EELK_Kaarma_kogudus, lk 92
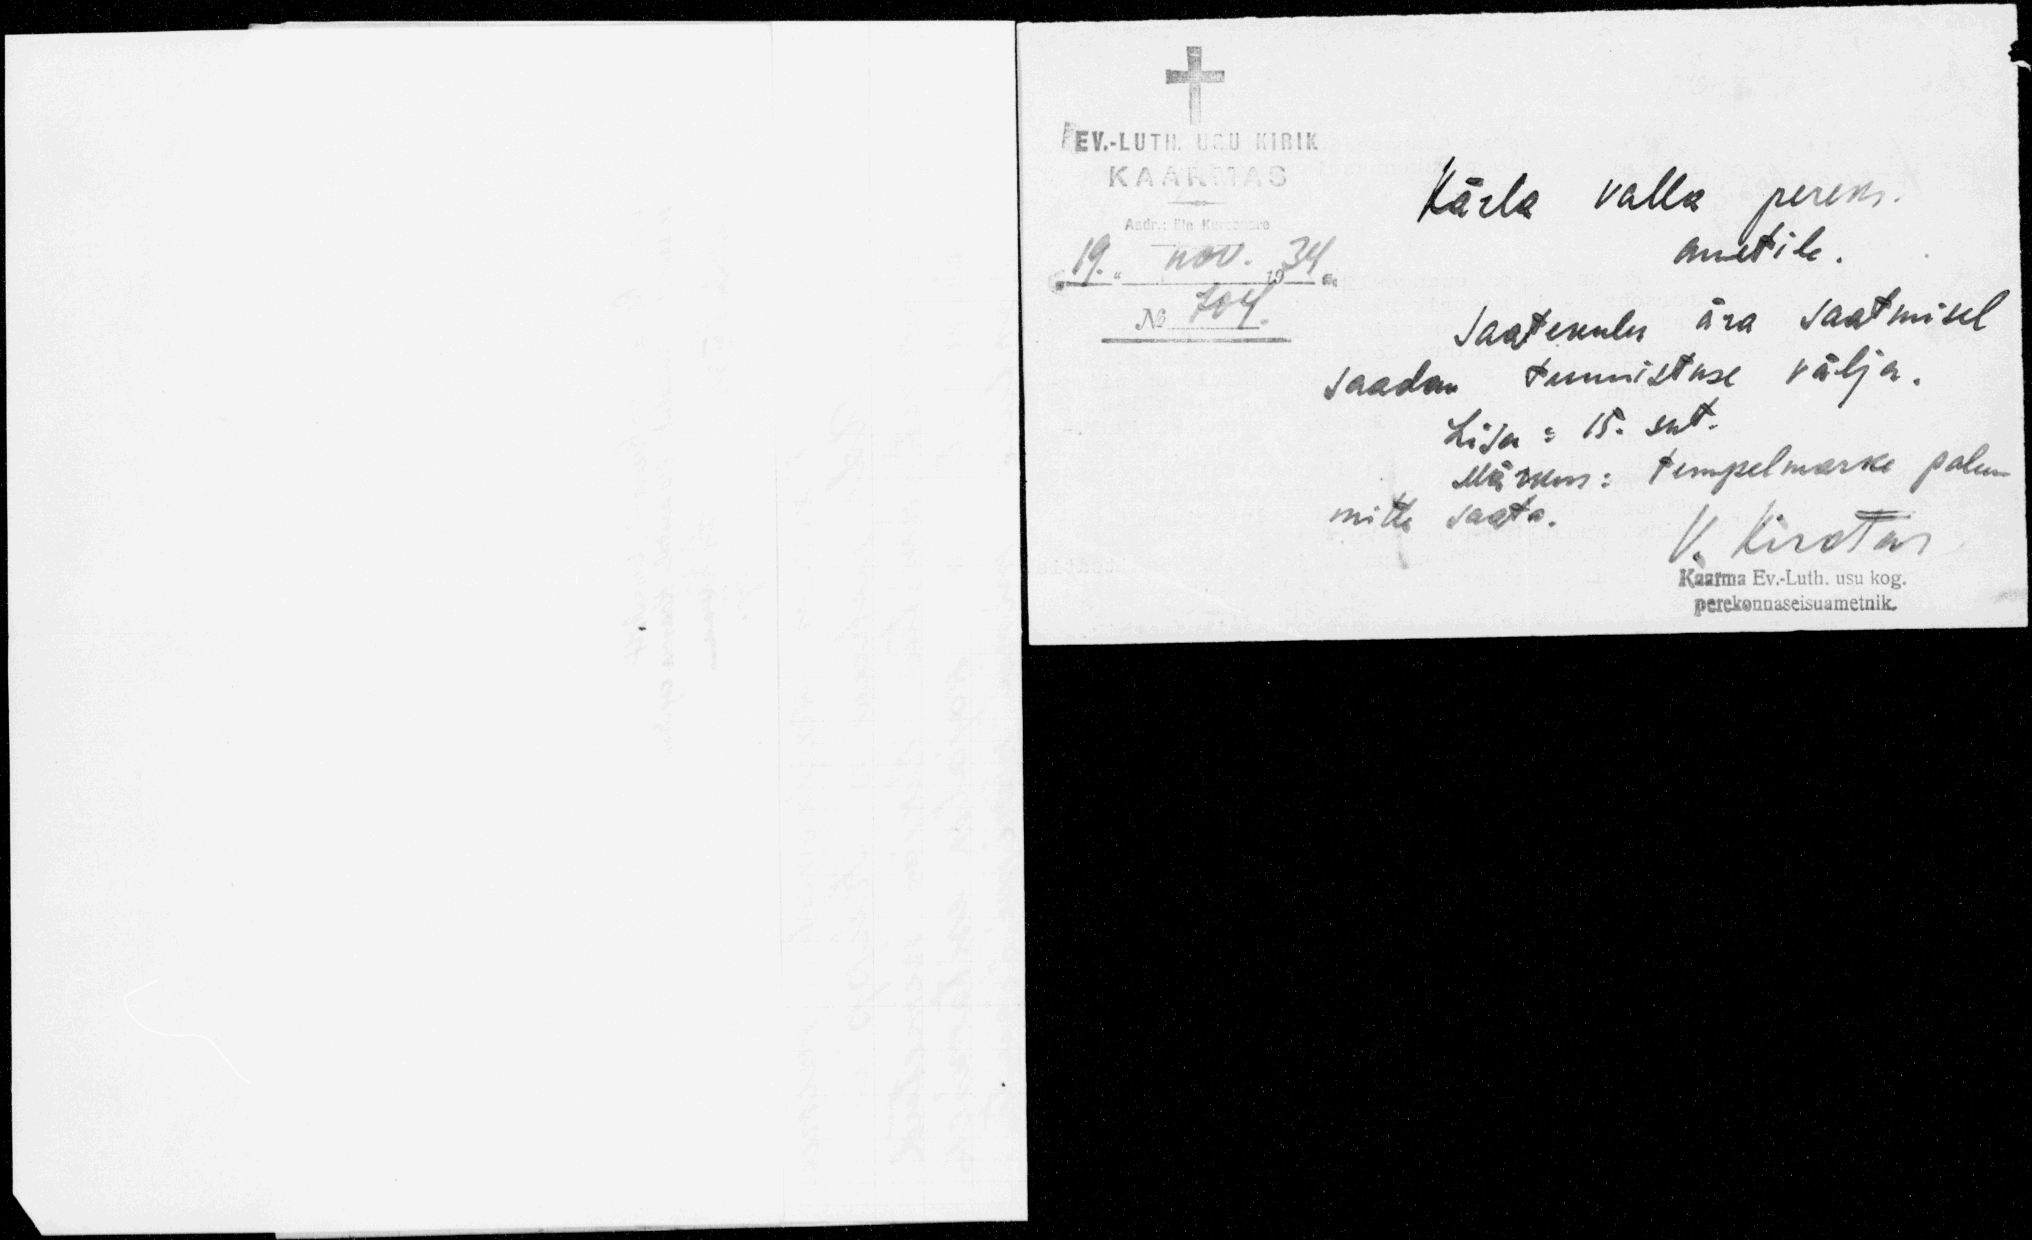
EV.-LUTH. USU KIRIK
KAARMAS
Kärla valla pereks.
Aadr: Üle Kuresnare
"19" nov. 1934a.
ametile.
No 704.
Saatekulu ära saatmisel
saadan tunnistuse välja.
Lisa: 15. snt.
Märkus: tempelmarke palun
mitte saata.
V. Kirotar
Kaarma Ev.-Luth. usu kog.
perekonnaseisuametnik.